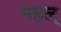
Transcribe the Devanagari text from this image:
महल्